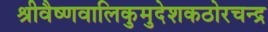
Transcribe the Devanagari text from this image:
श्रीवैष्णवालिकुमुदेशकठोरचन्द्र